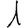
Digit: 1